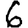
Digit: 6